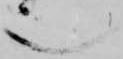
也